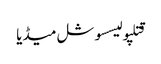
قتلپولیسسوشل میڈیا